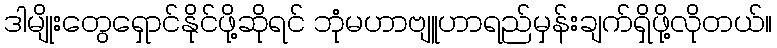
ဒါမျိုးတွေရှောင်နိုင်ဖို့ဆိုရင် ဘုံမဟာဗျူဟာရည်မှန်းချက်ရှိဖို့လိုတယ်။